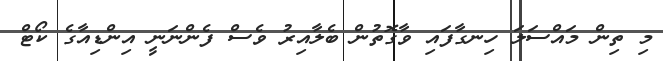
މި ތިން މައްސަލަ ހިނގާފައި ވާގޮތުން ބެލާއިރު ވެސް ފެންނަނީ އިންޑިއާގެ ކޯޓް